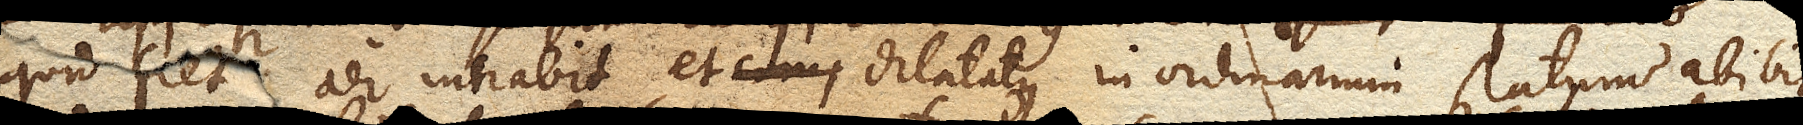
Quid fiet? Aer intrabit, et dilatatus in ordinarium statum abibit